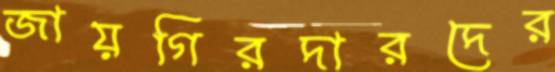
জায়গিরদারদের